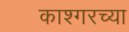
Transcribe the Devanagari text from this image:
काश्गरच्या